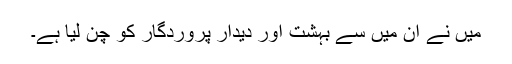
میں نے ان میں سے بہشت اور دیدار پروردگار کو چن لیا ہے۔